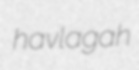
havlagah